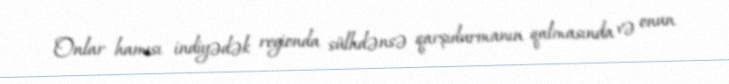
Onlar hamısı indiyədək regionda sülhdənsə qarşıdurmanın qalmasında və onun